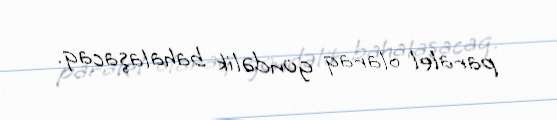
paralel olaraq gündəlik bahalaşacaq.